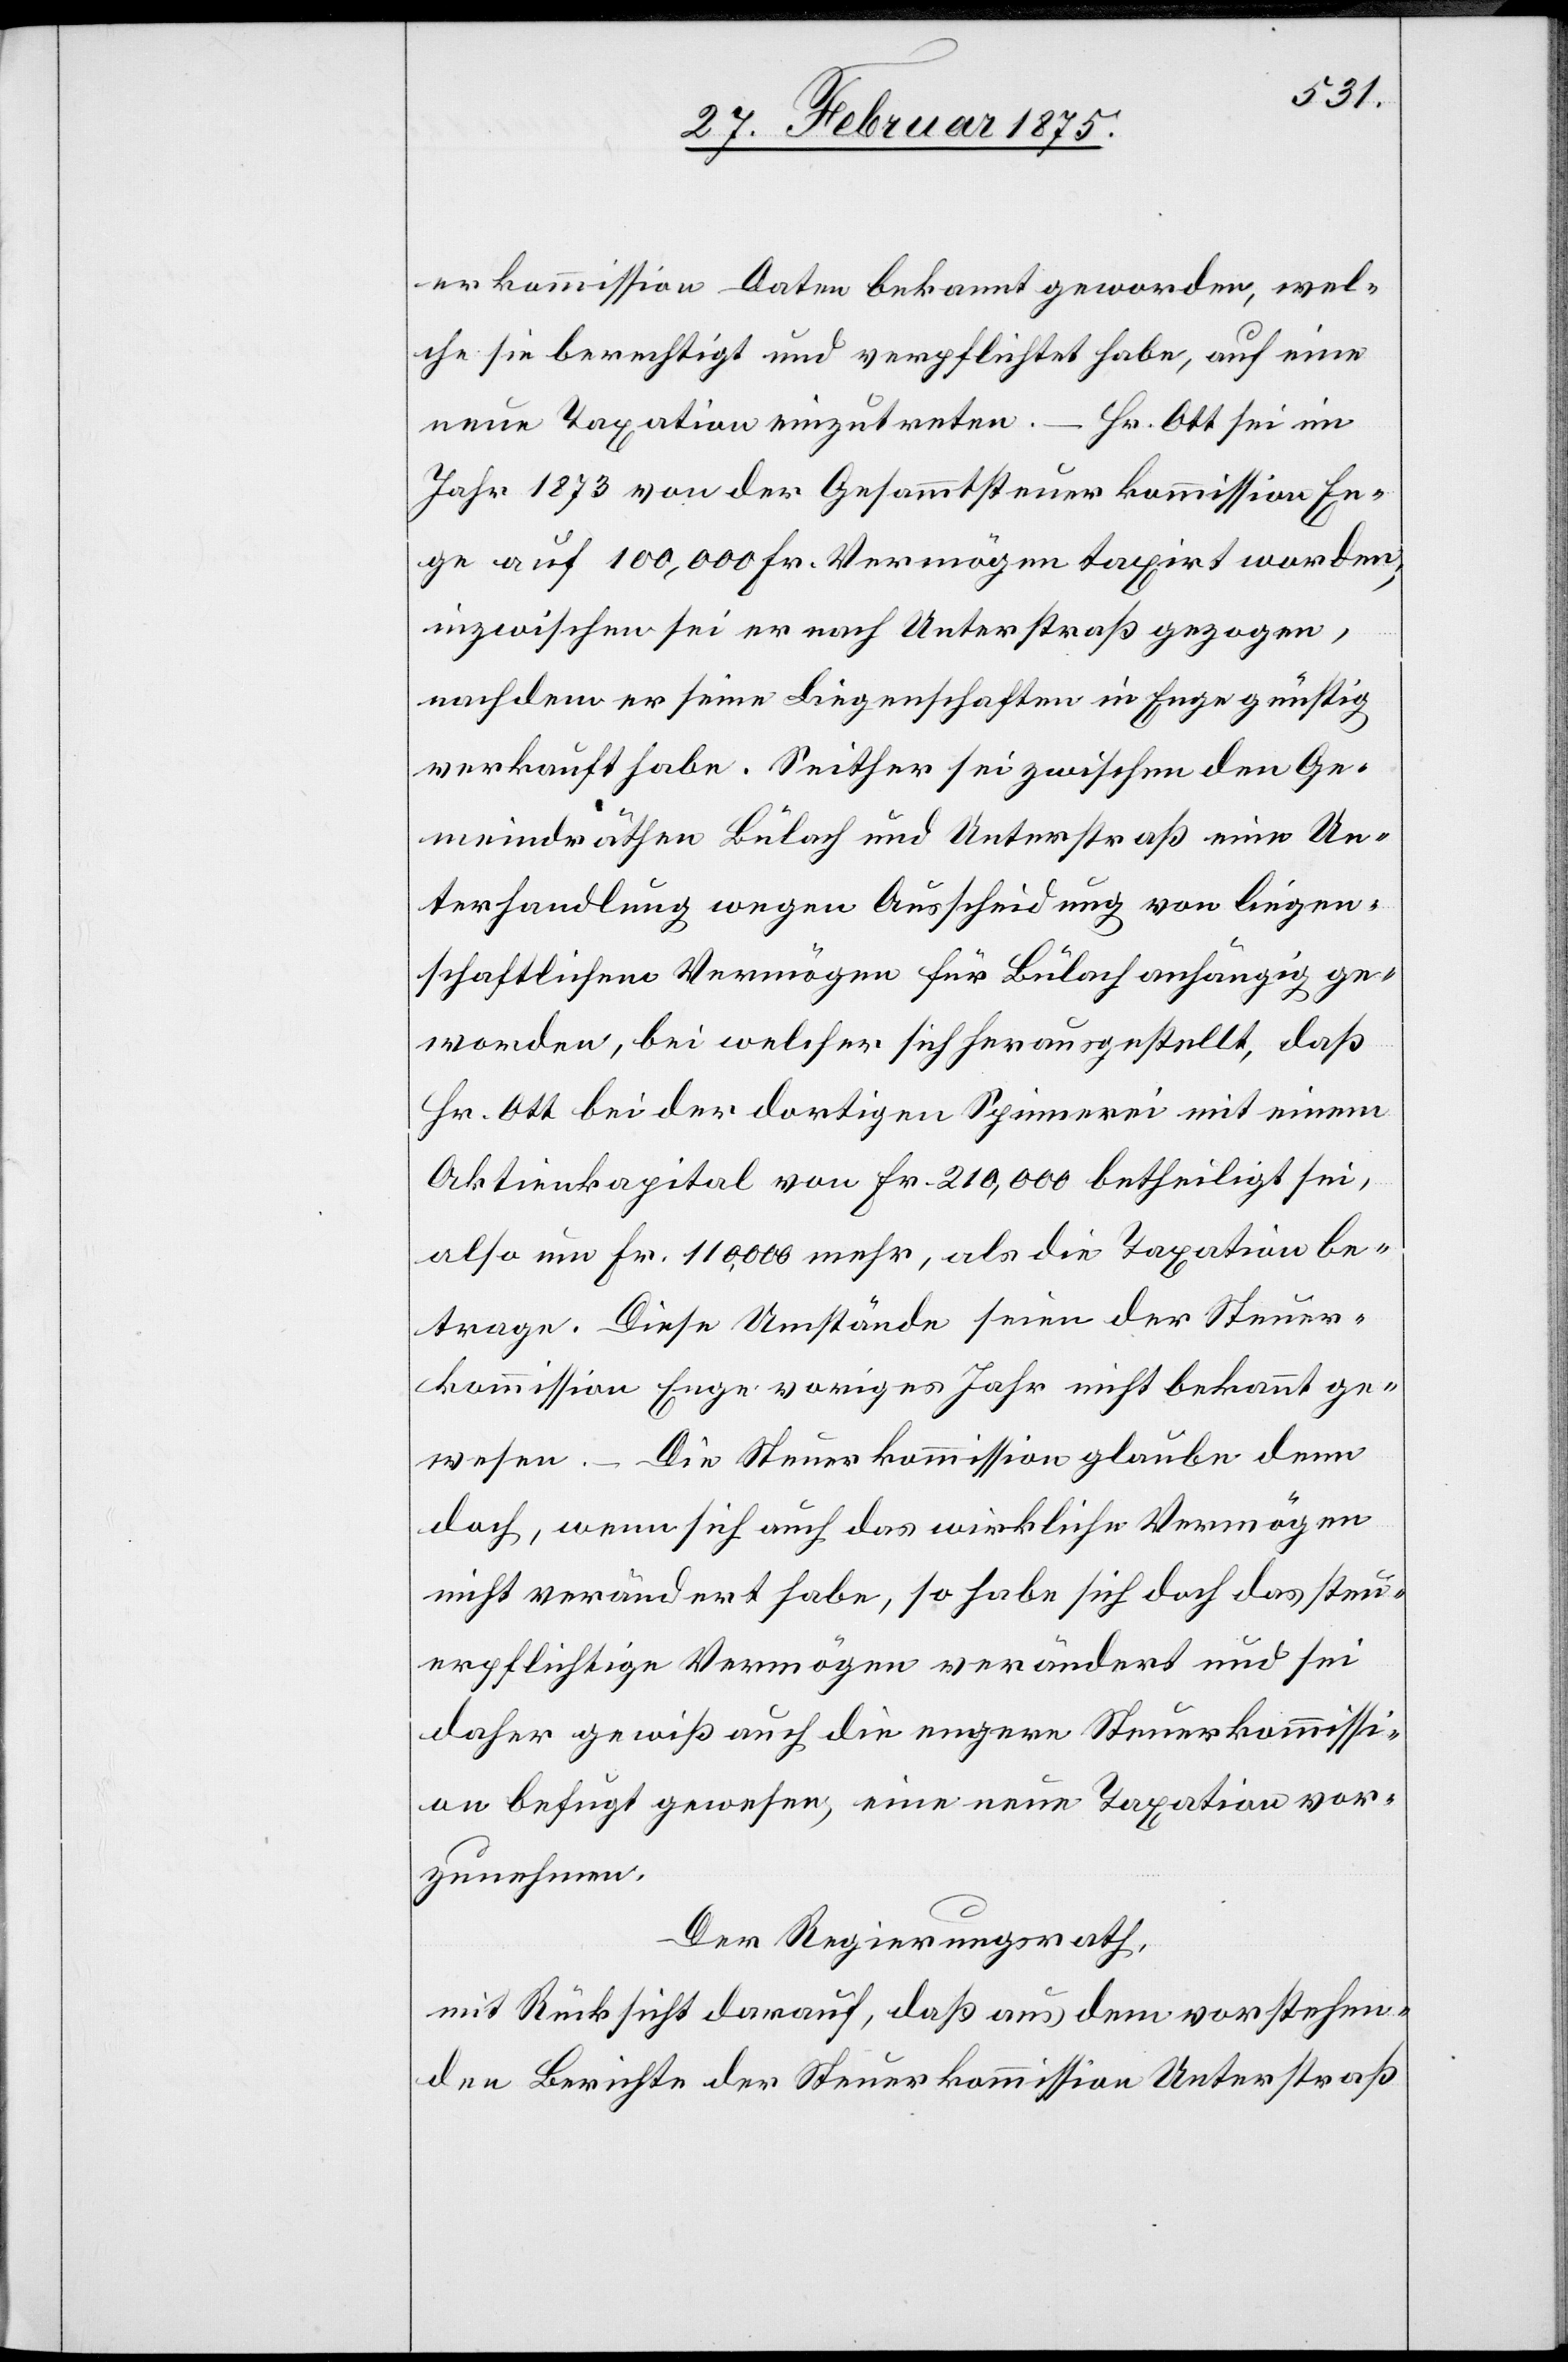
macht
erkommission Daten bekannt geworden, wel¬
che sie berechtigt und verpflichtet habe, auf eine
neue Taxation einzutreten. – Hr. Ott sei im
Jahr 1873 von der Gesammtsteuerkomission En¬
ge auf 100,000 Fr. Vermögen taxirt worden;
inzwischen sei er nach Unterstraß gezogen,
nachdem er seine Liegenschaften in Enge günstig
verkauft habe. Seither sei zwischen den Ge¬
meindräthen Bülach und Unterstraß eine Un¬
terhandlung wegen Ausscheidung von liegen¬
schaftlichem Vermögen für Bülach anhängig ge¬
worden, bei welcher sich herausgestellt, das
Hr. Ott bei der dortigen Spinnerei mit einem
Aktienkapital von Fr. 210,000 betheiligt sei,
also um Fr. 110,000 mehr, als die Taxation be¬
trage. Diese Umstände seien der Steuer¬
kommission Enge voriges Jahr nicht bekannt ge¬
wesen. – Die Steuerkommission glaube denn
doch, wenn sich auch das wirkliche Vermögen
nicht verändert habe, so habe sich doch das steu¬
erpflichtige Vermögen verändert und sei
daher gewiß auch die engere Steuerkommissi¬
on befugt gewesen, eine neue Taxation vor¬
zunehmen.
Der Regierungsrath,
mit Rücksicht darauf, daß aus dem vorstehen¬
den Berichte der Steuerkommission Unterstraß